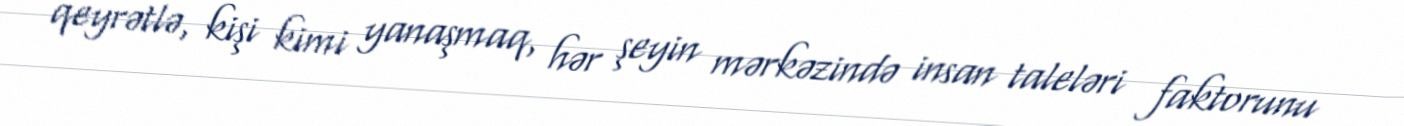
qeyrətlə, kişi kimi yanaşmaq, hər şeyin mərkəzində insan taleləri faktorunu